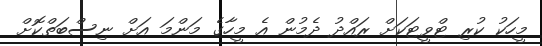
މީހަކު ކުރި ޓްވީޓަކަށް ރައްދު ދެމުން އެ މީހާގެ މަންމަ އަށް ނިސްބަތްކޮށް